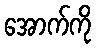
အောက်ကို